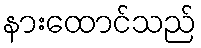
နားထောင်သည်